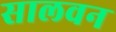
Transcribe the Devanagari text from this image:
सालवन